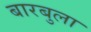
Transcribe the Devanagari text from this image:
बारबुला